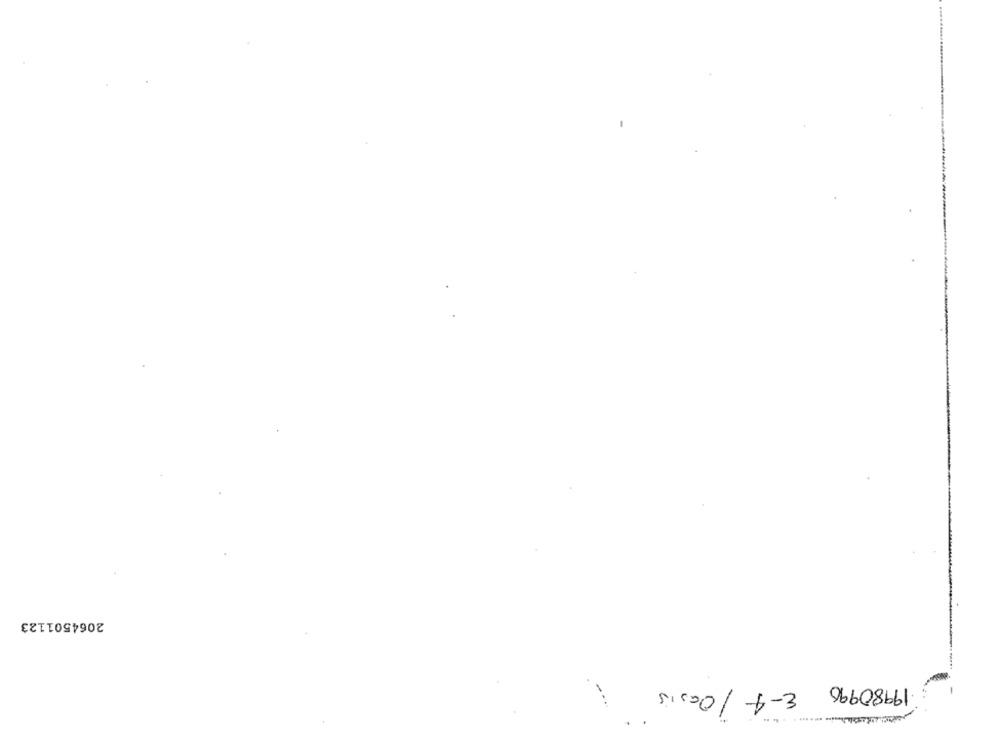
2064501123
E-4 /Oasis
19980990